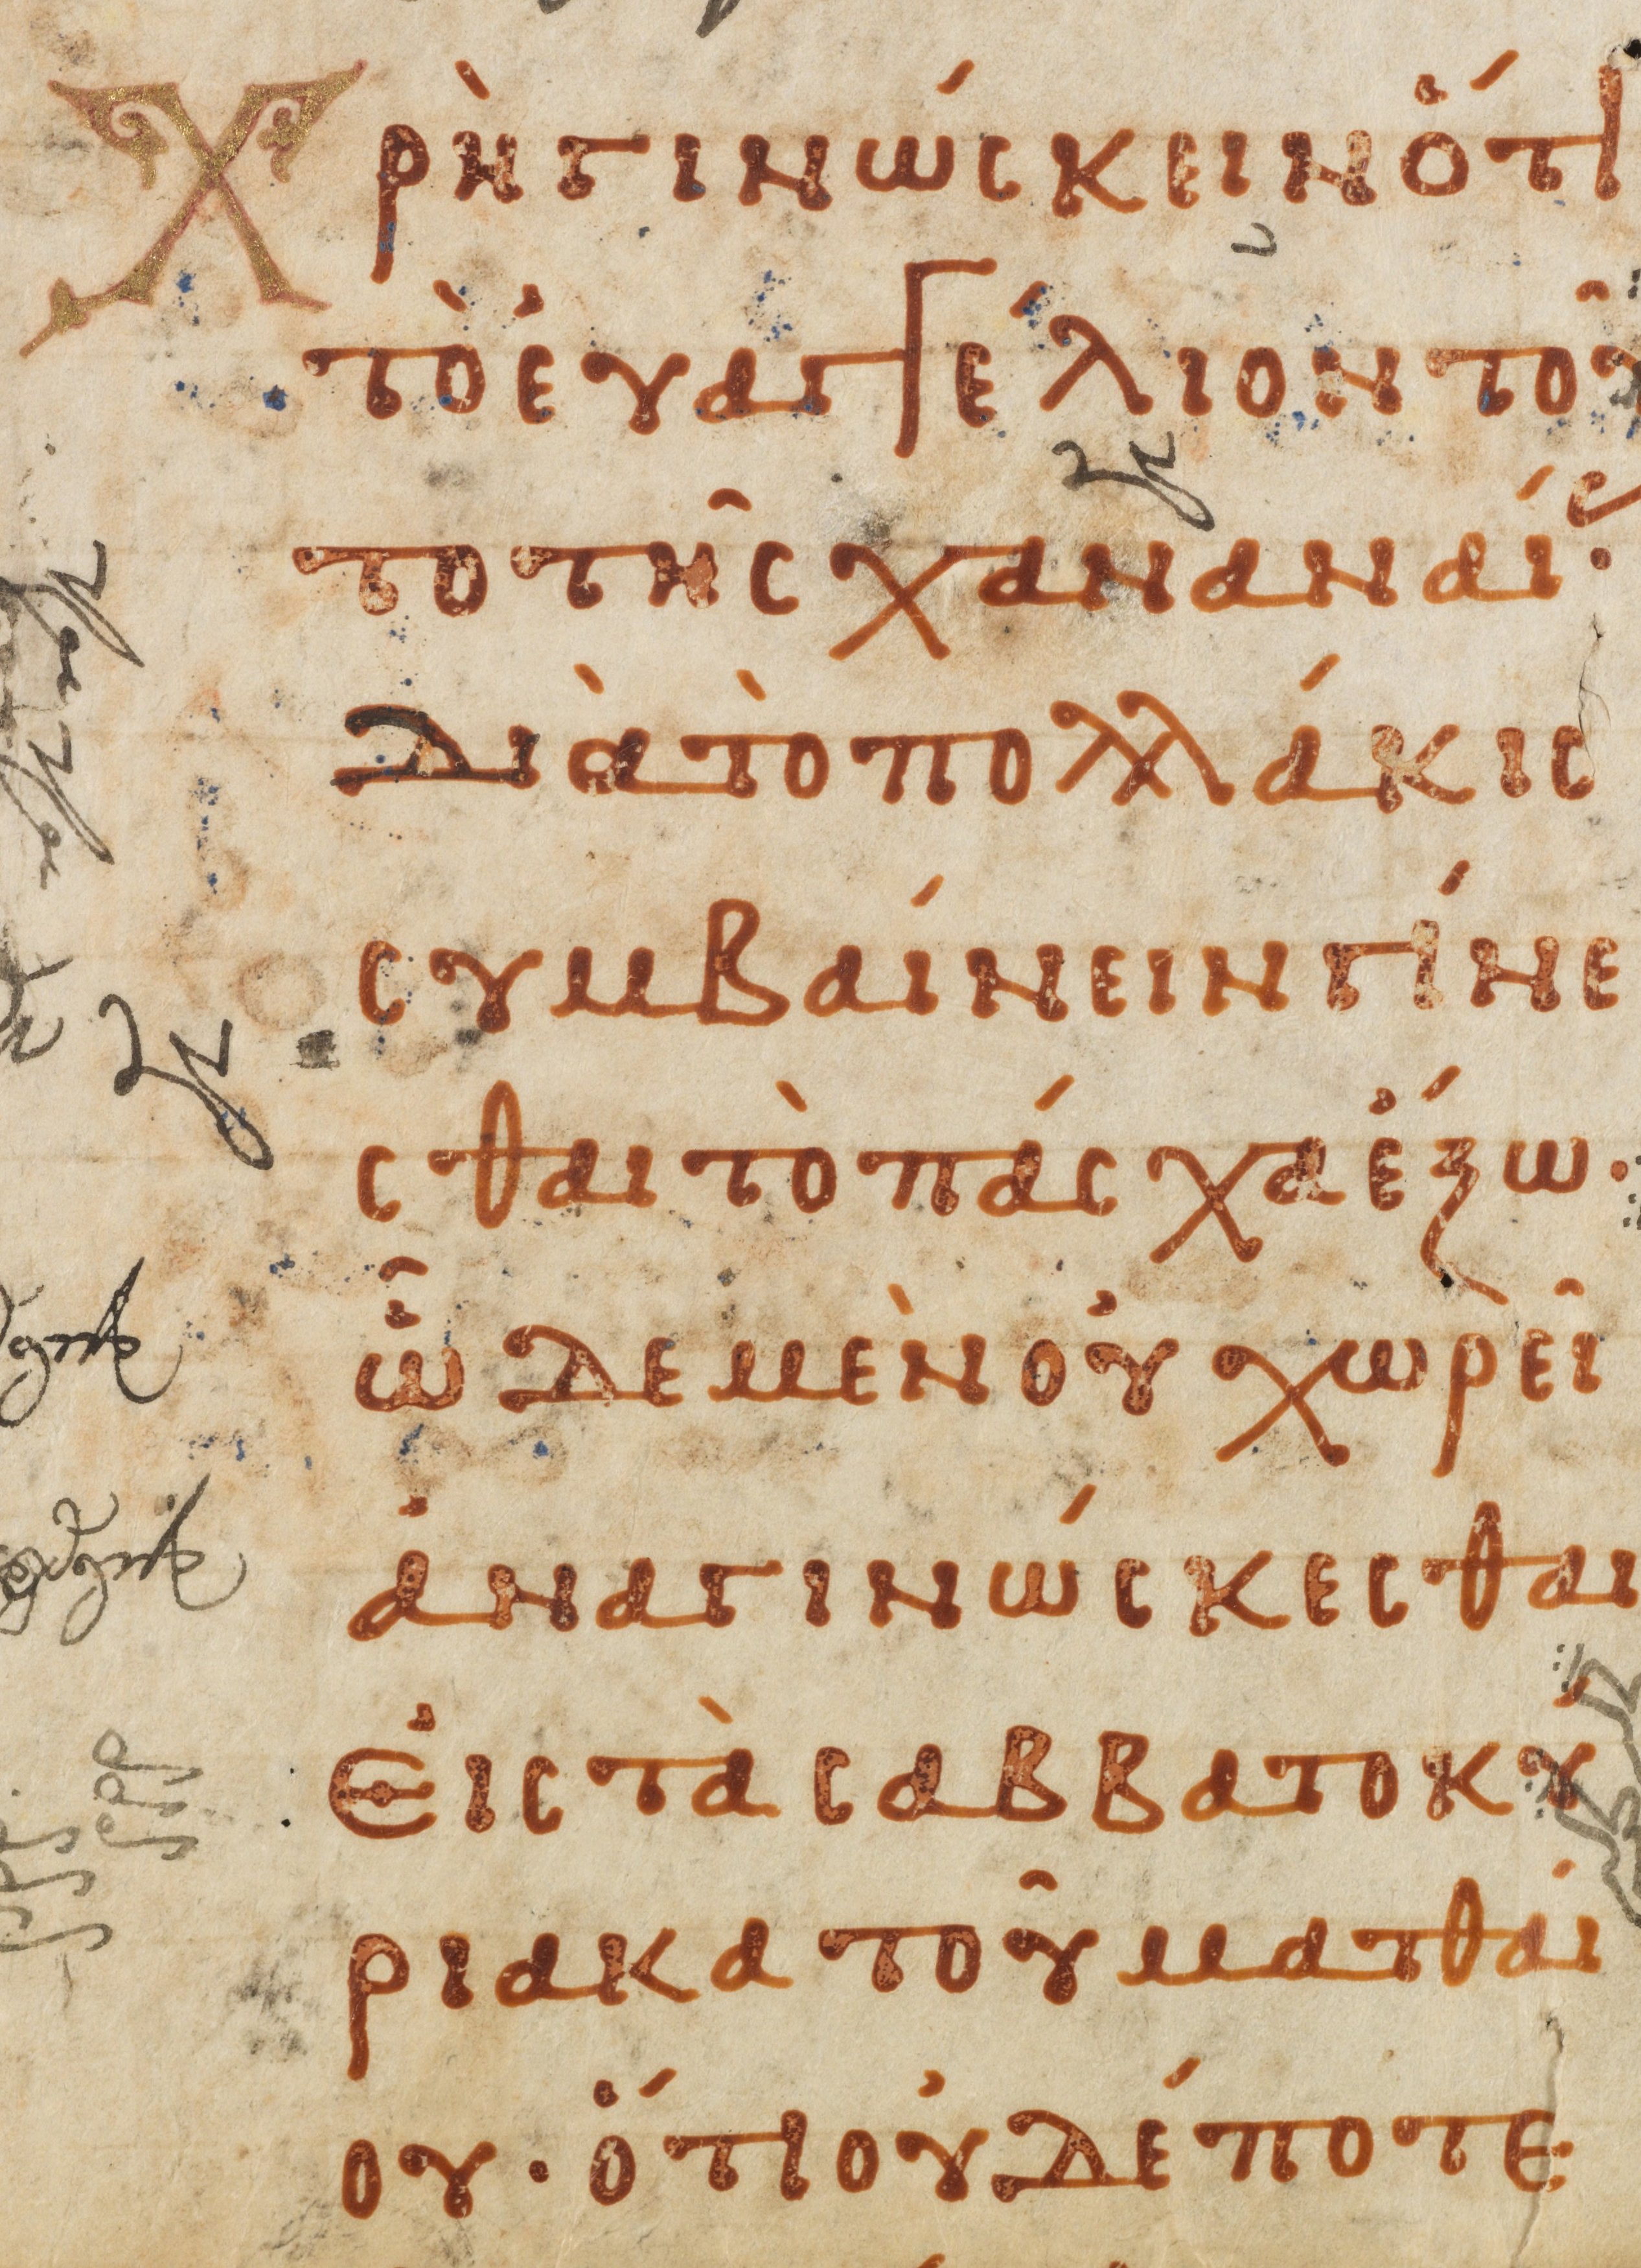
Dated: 1000–1099